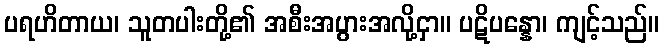
ပရဟိတာယ၊ သူတပါးတို့၏ အစီးအပွားအလို့ငှာ။ ပဋိပန္နော၊ ကျင့်သည်။